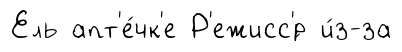
Ель апт'е́чк'е Р'ежисс'́р и́з-за